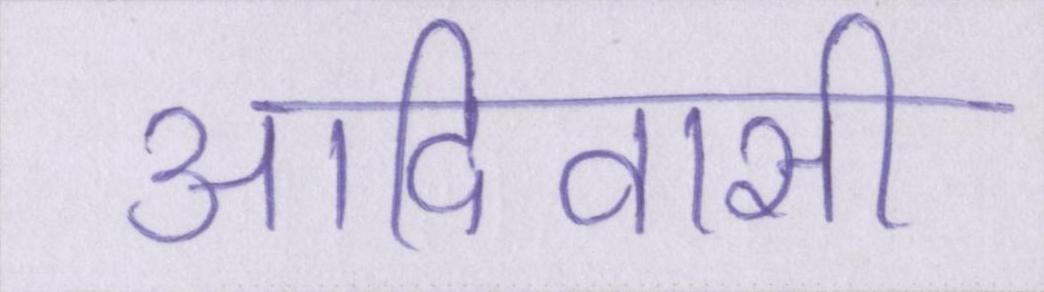
आदिवासी